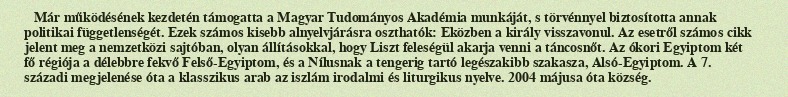
Már működésének kezdetén támogatta a Magyar Tudományos Akadémia munkáját, s törvénnyel biztosította annak politikai függetlenségét. Ezek számos kisebb alnyelvjárásra oszthatók: Eközben a király visszavonul. Az esetről számos cikk jelent meg a nemzetközi sajtóban, olyan állításokkal, hogy Liszt feleségül akarja venni a táncosnőt. Az ókori Egyiptom két fő régiója a délebbre fekvő Felső-Egyiptom, és a Nílusnak a tengerig tartó legészakibb szakasza, Alsó-Egyiptom. A 7. századi megjelenése óta a klasszikus arab az iszlám irodalmi és liturgikus nyelve. 2004 májusa óta község.